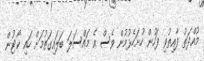
މުއްދަތު ފާއިތުވި ފަހުން ހުށަހެޅުމުން ވެސް އެ މައްސަލަ ބަލައިގަތުމަށް ހައި ކޯޓުން